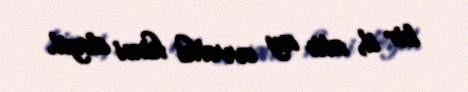
bir il, altı ay əvvəlki kimi deyil.